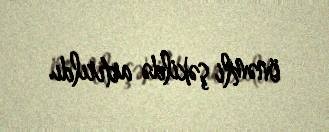
önəmli şəkildə artırıldı.